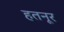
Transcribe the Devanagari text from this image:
हतनूर